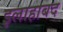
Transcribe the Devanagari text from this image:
इलाहाबद